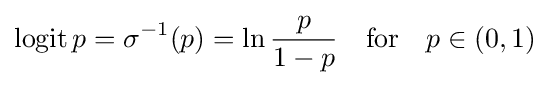
\operatorname {logit} p=\sigma ^{-1}(p)=\ln {\frac {p}{1-p}}\quad {\text{for}}\quad p\in (0,1)